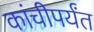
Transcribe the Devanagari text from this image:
कांचीपर्यंत